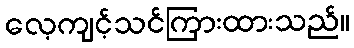
လေ့ကျင့်သင်ကြားထားသည်။